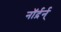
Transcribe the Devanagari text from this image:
नॉर्द़र्न्